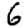
Digit: 6